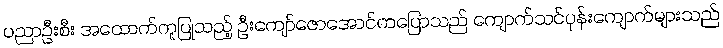
ပညာဦးစီး အထောက်ကူပြုသည့် ဦးကျော်ဇောအောင်ကပြောသည် ကျောက်သင်ပုန်းကျောက်များသည်